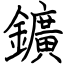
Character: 鑛